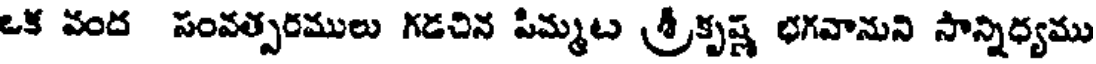
ఒక వంద సంవత్సరములు గడచిన పిమ్మట శ్రీకృష్ణ భగవానుని సాన్నిధ్యము